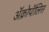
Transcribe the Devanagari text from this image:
ॲक्रोपॉलिस